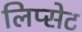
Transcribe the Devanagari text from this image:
लिप्सेट